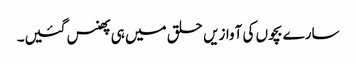
سارے بچوں کی آوازیں حلق میں ہی پھنس گئیں۔